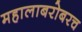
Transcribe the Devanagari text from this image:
महालाबरोबरच